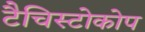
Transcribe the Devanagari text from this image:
टैचिस्टोकोप